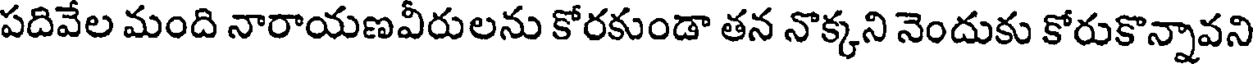
పదివేల మంది నారాయణవీరులను కోరకుండా తన నొక్కని నెందుకు కోరుకొన్నావని